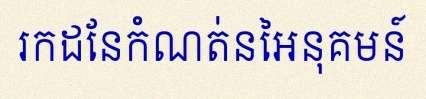
រកដែនកំណត់នៃអនុគមន៍